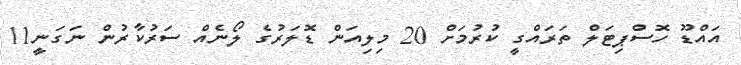
އައްޑޫ ހޮސްޕިޓަލް ތަރައްގީ ކުރުމަށް 20 މިލިއަން ޑޮލަރުގެ ލޯނެއް ސަރުކާރުން ނަގަނީ11